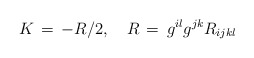
\begin{align*}K\,=\,-R/2, \quad R\,=\,g^{il}g^{jk}R_{ijkl}\end{align*}